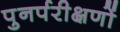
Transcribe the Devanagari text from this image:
पुनर्परीक्षणों